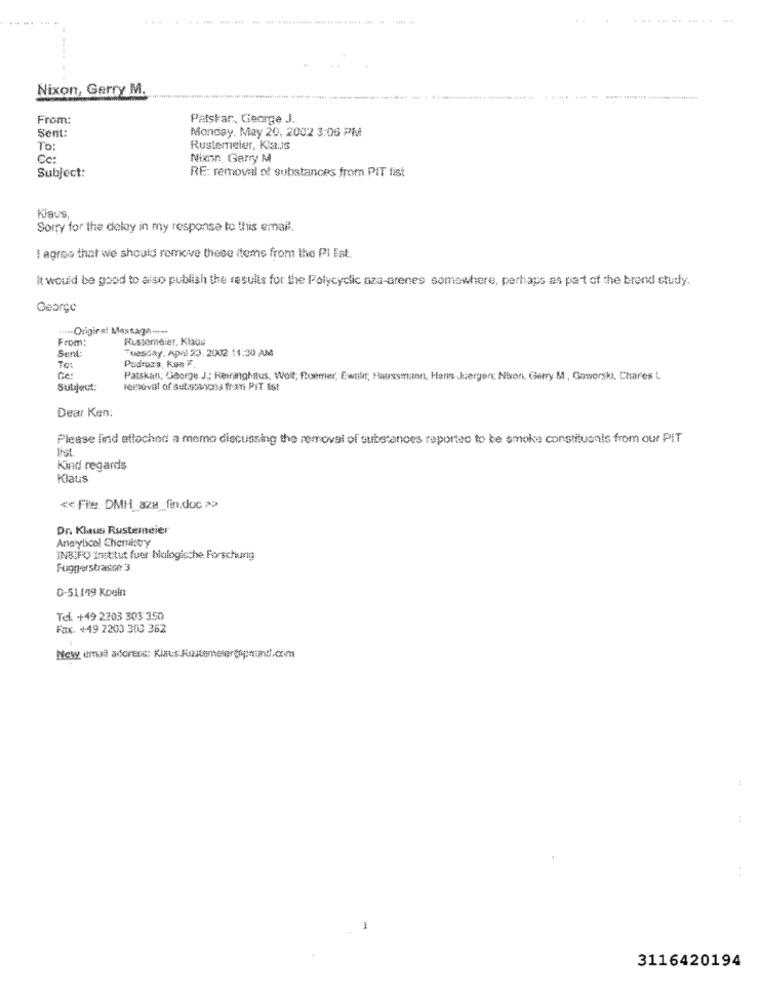
------
.....------------------- - - --
............. ..
Nixon, Gerry M.
From:
Patskar, George J.
Sent:
Monday, May 20, 2002 3:06 PM
To:
Rustemeier, KaJs
Cc:
Nixon Garry M
RE: removal of substances from PIT fist
Subject:
Klaus
Sorry for the delay in my response to this email.
I agree that we should remove these items from the Pl Est.
It would be good to also publish the results for the Polycyclic aza-arenes somewhere, perhaps as part of the brend study.
George
.....- Original Message --
From:
Rustomeier, Klaus
Sent
Tuesday, Apal 23. 2002 11:30 AM
To:
Podraza, Kus F.
Ge:
Patskan, George J; Reiranghaus, Woll; Roemer, Ewnik; Haussmann, Hans-Jergens: Nixon. Gerry M , Gaworski. Chares
Subject:
removal of Butassons from PIT Sst
Dear Ken:
Please find attached a momo discussing the removal of substances reported to be smoke constituents from our PIT
Inst.
Kind regards
Klaus
<< Fle. DMH aza_fin.doc >
Dr. Klaus Rustemeier
Analytical Chemistry
INB:FO Institut fuer biologische Forschung
Fuggerstrasse 3
D-51149 Koein
Tel. +49 2203 303 350
Fax. +49 2203 303 362
New email address: Klaus.Rostemegrtopmimd.com
. .
3116420194